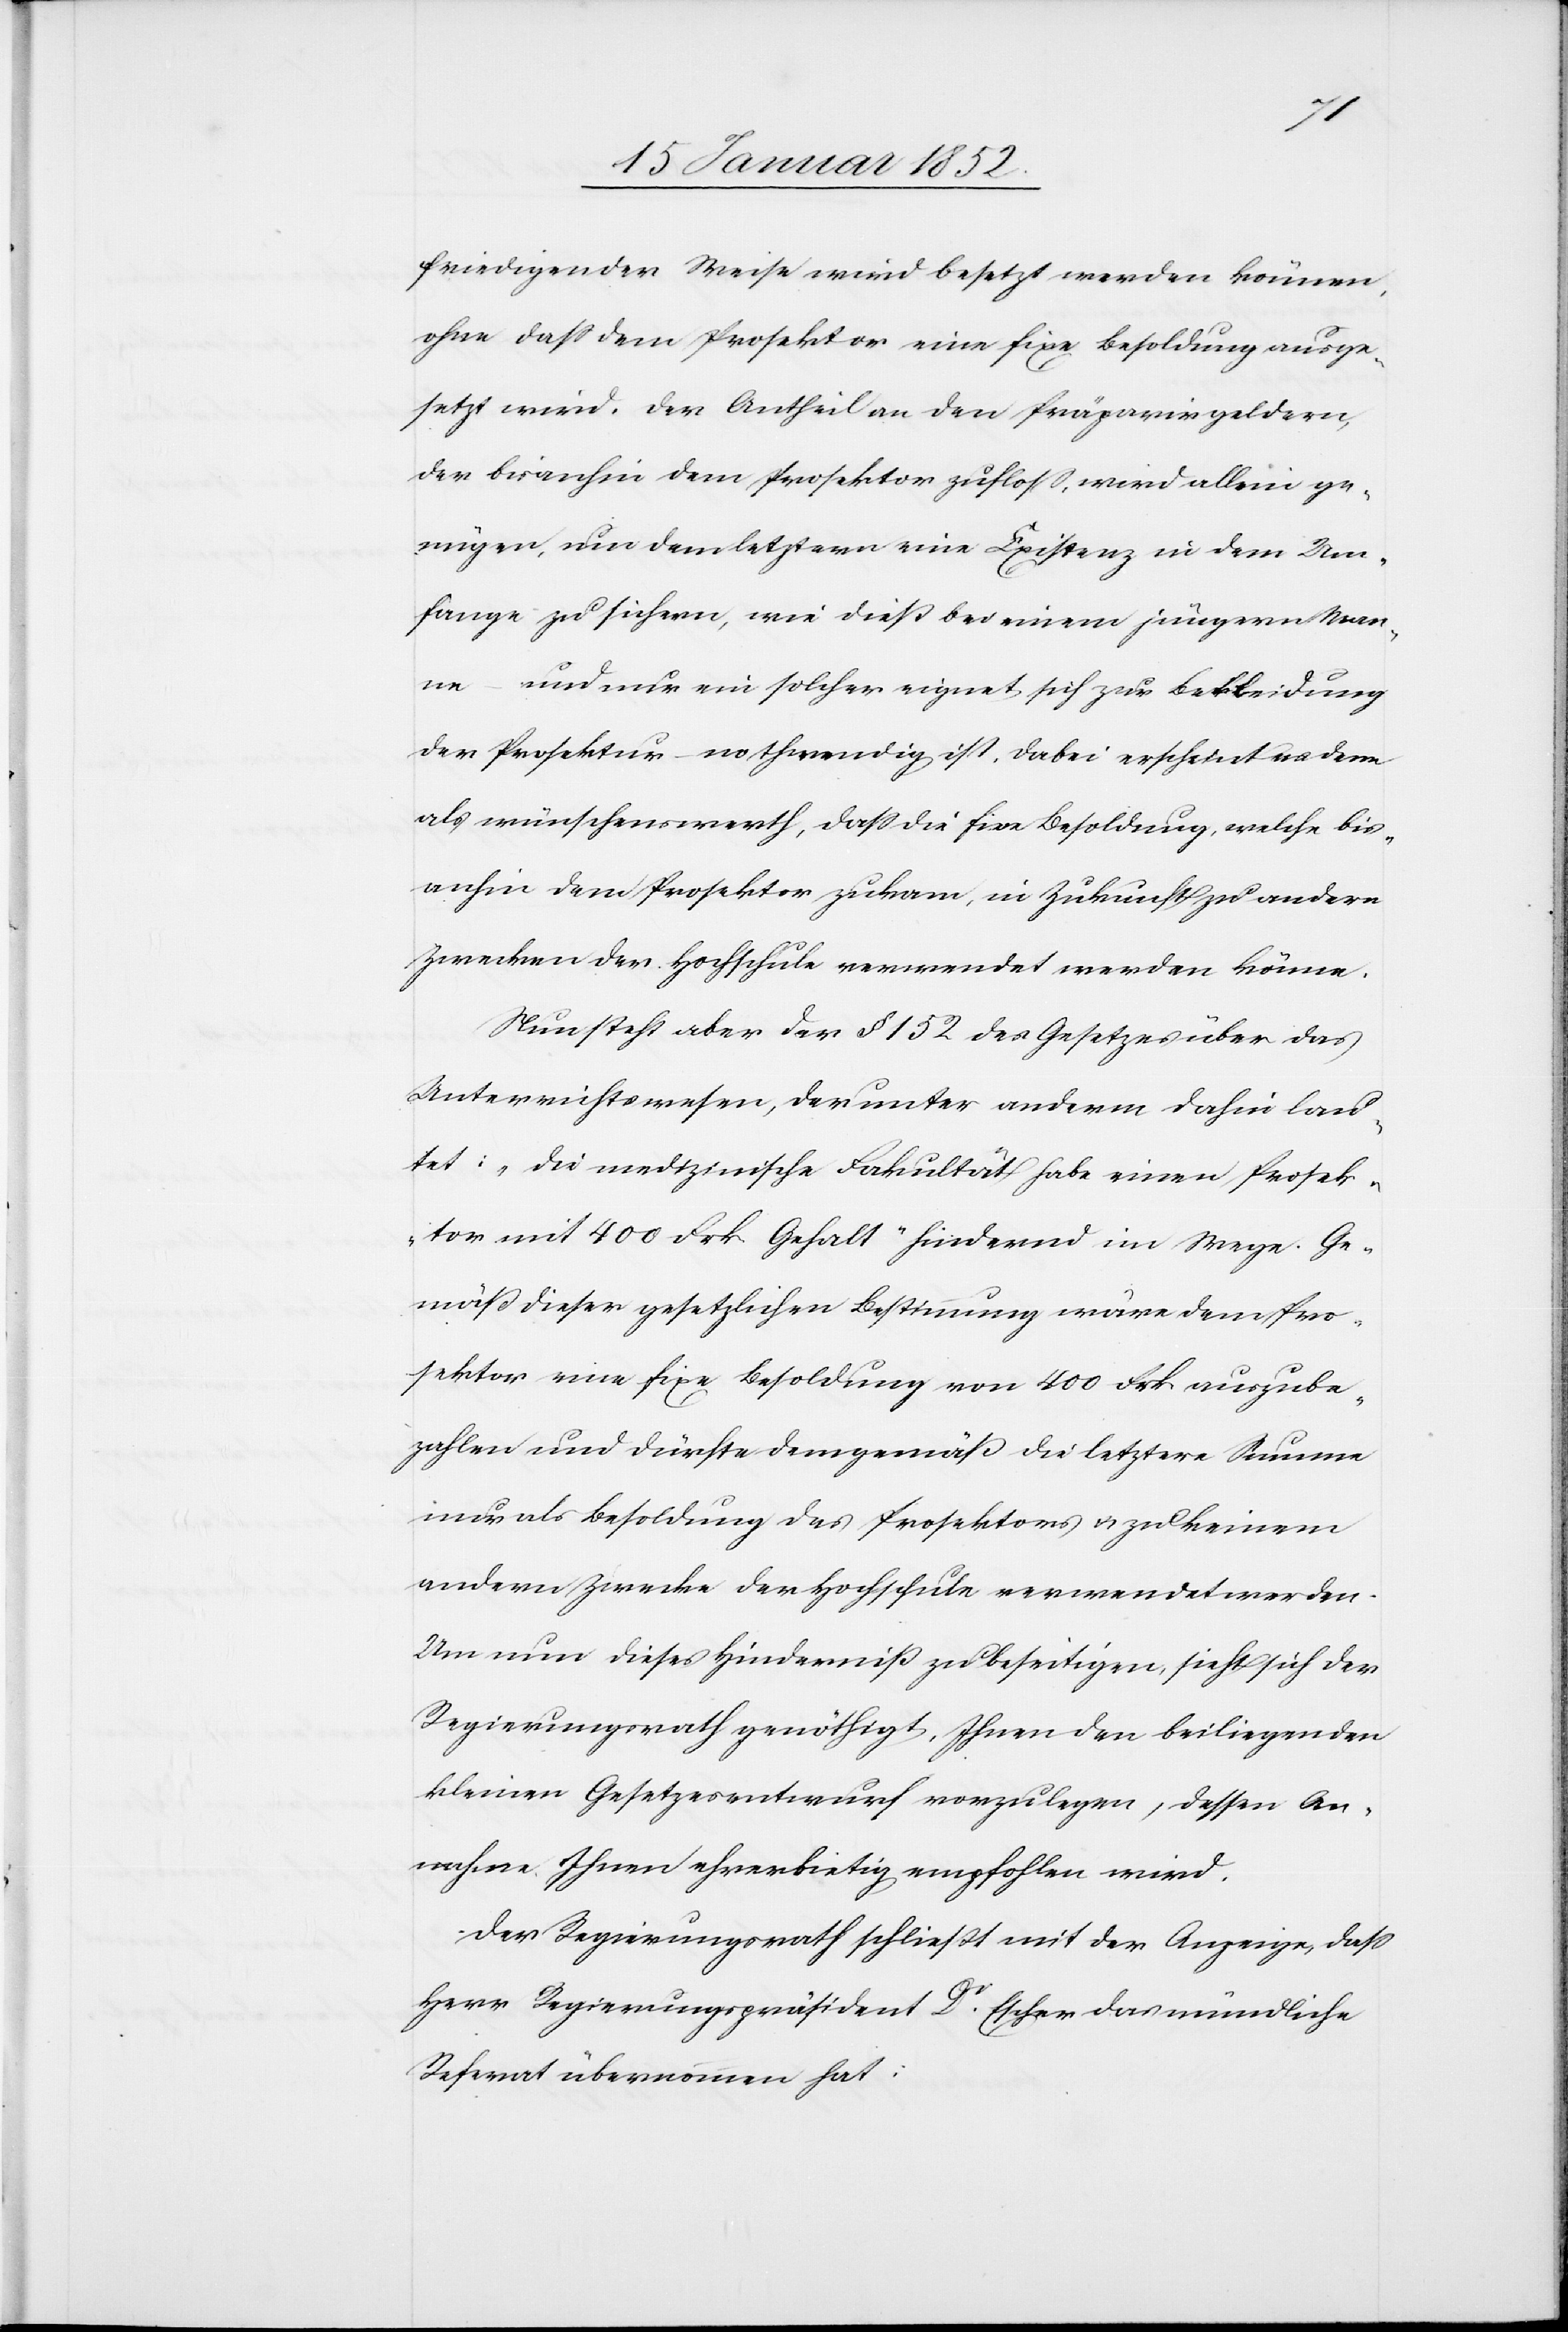
friedigender Weise wird besetzt werden können,
ohne daß dem Prosektor eine fixe Besoldung ausge¬
setzt wird. Der Antheil an den Präparirgeldern,
der bisanhin dem Prosektor zufloß, wird allein ge¬
nügen, um dem letztern eine Existenz in dem Um¬
fange zu sichern, wie dieß bei einem jüngern Man¬
ne – und nur ein solcher eignet sich zur Bekleidung
der Prosektur – nothwendig ist. Dabei erscheint es denn
als wünschenswerth, daß die fixe Besoldung, welche bis¬
anhin dem Prosektor zukam, in Zukunft zu andern
Zwecken der Hochschule verwendet werden könne.
Nun steht aber der § 152 des Gesetzes über das
Unterrichtswesen, der unter anderm dahin lau¬
tet: „die medizinische Fakultät habe einen Prosek¬
tor mit 400 Frk Gehalt“ hindernd im Wege. Ge¬
mäß dieser gesetzlichen Bestimmung wäre dem Pro¬
sektor eine fixe Besoldung von 400 Frk. auszube¬
zahlen und dürfte demgemäß die letztere Summe
nur als Besoldung des Prosektors u. zu keinem
andern Zwecke der Hochschule verwendet werden.
Um nun diese Hinderniß zu beseitigen, sieht sich der
Regierungsrath genöthigt, Ihnen den beiliegenden
kleinen Gesetzesentwurf vorzulegen, dessen An¬
nahme Ihnen ehrerbietig empfohlen wird.
Der Regierungsrath schließt mit der Anzeige, daß
Herr Regierungspräsident Dr. Escher das mündliche
Referat übernommen hat.